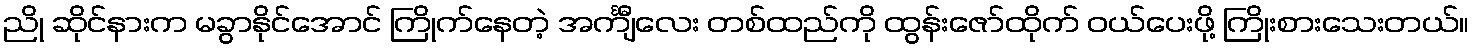
ညို ဆိုင်နားက မခွာနိုင်အောင် ကြိုက်နေတဲ့ အင်္ကျီလေး တစ်ထည်ကို ထွန်းဇော်ထိုက် ဝယ်ပေးဖို့ ကြိုးစားသေးတယ်။